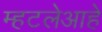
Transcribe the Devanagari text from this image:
म्हटलेआहे